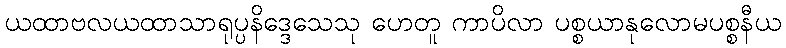
ယထာဗလယထာသာရုပ္ပနိဒ္ဒေသေသု ဟေတူ ကာပိလာ ပစ္စယာနုလောမပစ္စနီယ